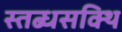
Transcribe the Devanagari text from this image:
स्तब्धसक्थि